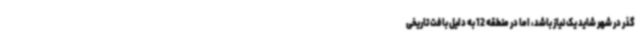
گذر در شهر شاید یک نیاز باشد، اما در منطقه 12 به دلیل بافت تاریخی